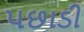
પછાડી